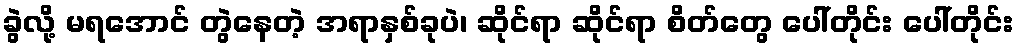
ခွဲလို့ မရအောင် တွဲနေတဲ့ အရာနှစ်ခုပဲ၊ ဆိုင်ရာ ဆိုင်ရာ စိတ်တွေ ပေါ်တိုင်း ပေါ်တိုင်း